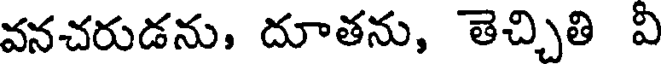
వనచరుడను, దూతను, తెచ్చితి వి